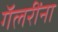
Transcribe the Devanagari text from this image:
गॅलरींना